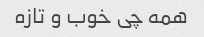
همه چی خوب و تازه